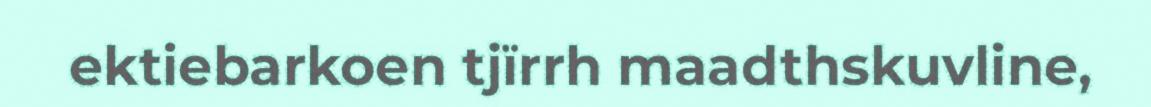
ektiebarkoen tjïrrh maadthskuvline,